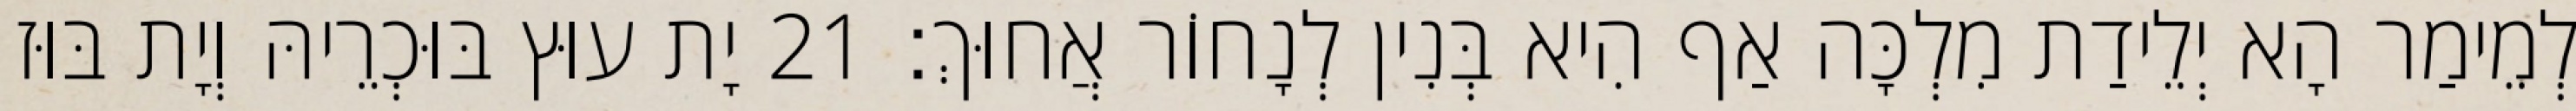
לְמֵימַר הָא יְלֵידַת מִלְכָּה אַף הִיא בְּנִין לְנָחוֹר אֲחוּךְ׃ 21 יָת עוּץ בּוּכְרֵיהּ וְיָת בּוּז